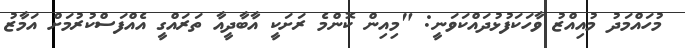
މުހައްމަދު މުއިއްޒު ވާހަކަފުޅުދައްކަވަނީ: "މިއިން ކޮންމެ ރަށަކީ އާބާދީއާ ތަރައްގީ އެއްފަސްކުރުމަށް އަމާޒު